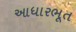
આધારભૂત